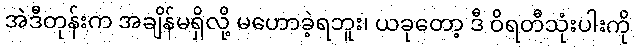
အဲဒီတုန်းက အချိန်မရှိလို့ မဟောခဲ့ရဘူး၊ ယခုတော့ ဒီ ဝိရတီသုံးပါးကို